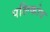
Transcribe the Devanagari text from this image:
पलिकोव